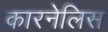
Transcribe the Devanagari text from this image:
कारनेलिस